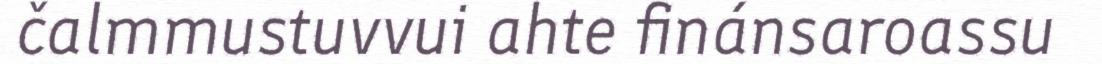
čalmmustuvvui ahte finánsaroassu